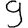
Digit: 9